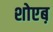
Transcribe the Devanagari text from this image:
शोएब़